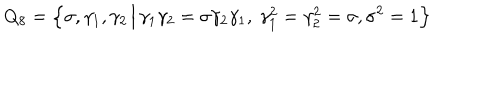
Q _ { 8 } = \Big \{ \sigma , \gamma _ { 1 } , \gamma _ { 2 } \, \Big | \, \gamma _ { 1 } \gamma _ { 2 } = \sigma \gamma _ { 2 } \gamma _ { 1 } , ~ \gamma _ { 1 } ^ { 2 } = \gamma _ { 2 } ^ { 2 } = \sigma , \sigma ^ { 2 } = 1 \Big \}